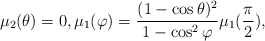
\begin{align*} \mu_{2}(\theta)=0,\mu_{1}(\varphi)=\frac{(1-\cos\theta)^{2}}{1-\cos^{2}\varphi}\mu_{1}(\frac{\pi}{2}),\end{align*}